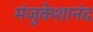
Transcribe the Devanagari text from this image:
मंजुकेशानंद